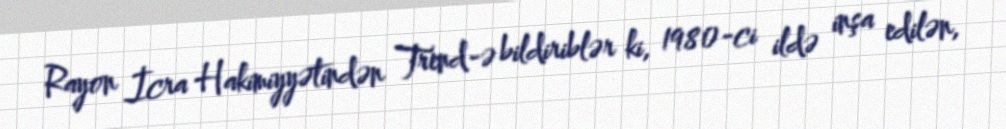
Rayon İcra Hakimiyyətindən Trend-ə bildiriblər ki, 1980-ci ildə inşa edilən,